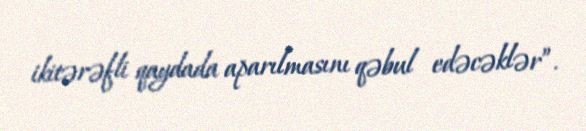
ikitərəfli qaydada aparılmasını qəbul edəcəklər”.